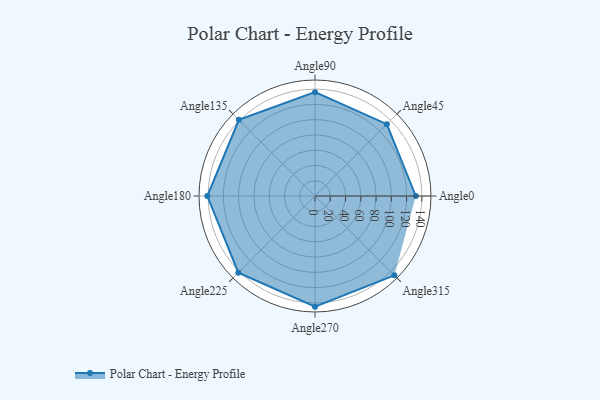
{"axis": {"x": "Angle", "y": "Radius"}, "legend": [""], "data": [{"x": "Angle0", "y": 132.0, "type": ""}, {"x": "Angle45", "y": 133.0, "type": ""}, {"x": "Angle90", "y": 136.0, "type": ""}, {"x": "Angle135", "y": 141.0, "type": ""}, {"x": "Angle180", "y": 141.0, "type": ""}, {"x": "Angle225", "y": 142.0, "type": ""}, {"x": "Angle270", "y": 145.0, "type": ""}, {"x": "Angle315", "y": 147.0, "type": ""}]}